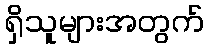
ရှိသူများအတွက်